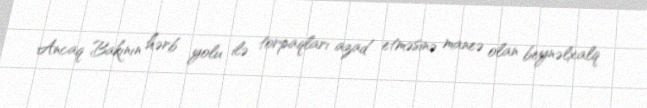
Ancaq Bakının hərb yolu ilə torpaqları azad etməsinə maneə olan beynəlxalq